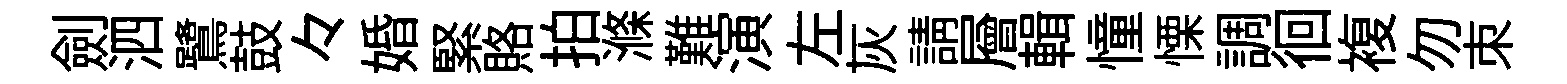
劍泗鷺鼓々婚緊賂拍滌難演左灰請層輯憧慄調徊複勿朿